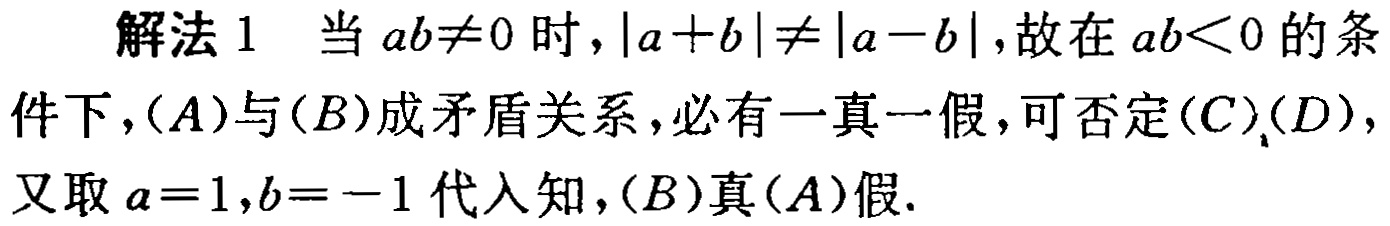
解法 1 当 \(ab\neq0\) 时，\(\vert a + b\vert\neq\vert a - b\vert\)，故在 \(ab\lt0\) 的条件下，\((A)\) 与 \((B)\) 成矛盾关系，必有一真一假，可否定 \((C)\)(\(D\))，又取 \(a = 1,b = - 1\) 代入知，\((B)\) 真 \((A)\) 假.